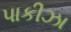
પાકીઝા